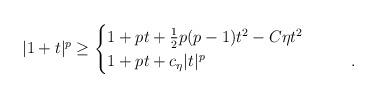
LaTeX: \begin{align*} |1+t|^p \ge \begin{cases}1+pt+\tfrac12 p(p-1)t^2 - C\eta t^2\qquad&\\ 1+pt+c_\eta |t|^p &. \end{cases}\end{align*}